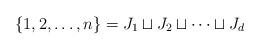
\begin{align*}\{1, 2, \dotsc, n\} = J_1 \sqcup J_2 \sqcup \dotsb \sqcup J_d\end{align*}